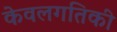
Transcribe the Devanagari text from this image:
केवलगतिकी